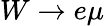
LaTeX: W\to e\mu